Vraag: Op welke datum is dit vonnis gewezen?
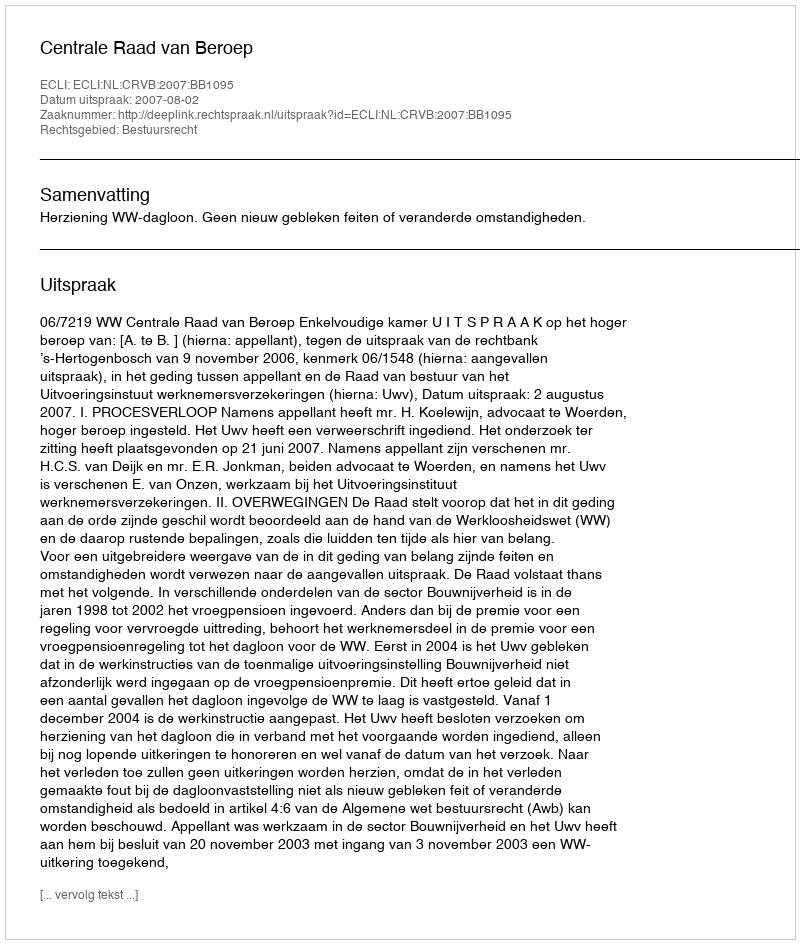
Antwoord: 2007-08-02